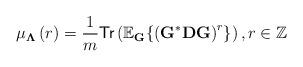
LaTeX: \begin{align*} \mu_{\mathbf{\Lambda}}\left(r\right)=\frac{1}{m}\textsf{Tr}\left(\mathbb{E}_{\mathbf{G}}\{\left(\mathbf{G}^* \mathbf{D}\mathbf{G}\right)^{r}\}\right), r \in \mathbb{Z}\end{align*}